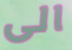
الى